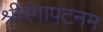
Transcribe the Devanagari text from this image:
श्रीरंगापटनम